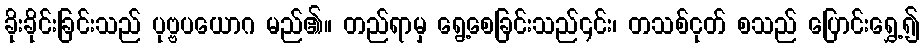
ခိုးခိုင်းခြင်းသည် ပုဗ္ဗပယောဂ မည်၏။ တည်ရာမှ ရွေ့စေခြင်းသည်၎င်း၊ တသစ်ငုတ် စသည် ပြောင်းရွှေ့၍